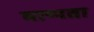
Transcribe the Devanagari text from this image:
वाष्पता